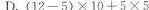
D.(12-5)×10+5×5